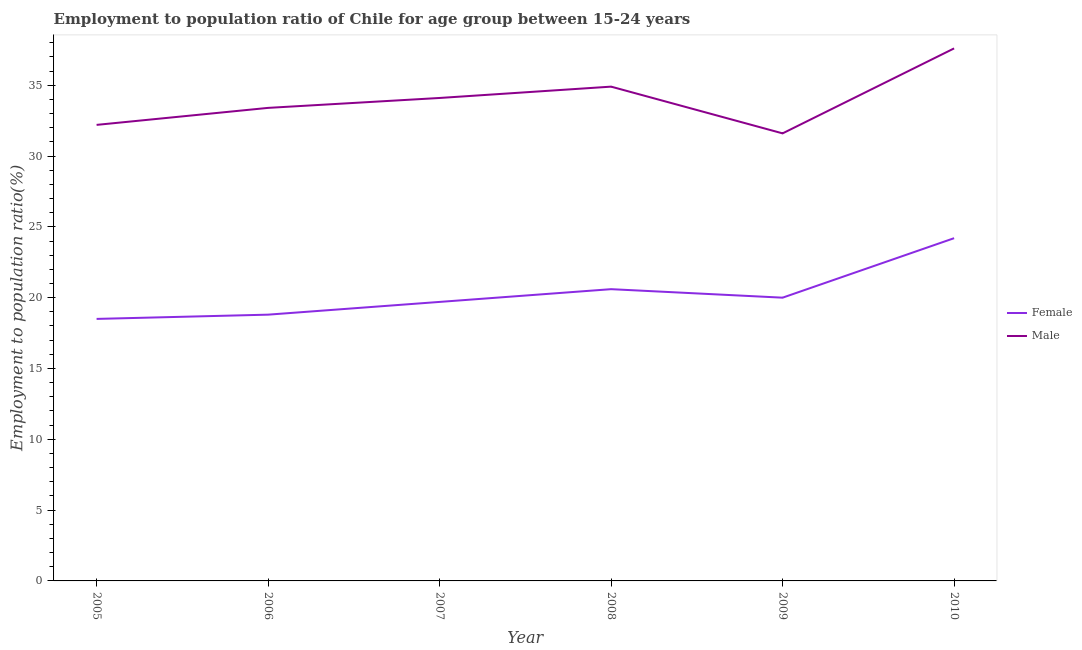
| Year | Female | Male |
 | --- | --- | --- |
 | 2005 | 18.5 | 32.2 |
 | 2006 | 18.8 | 33.4 |
 | 2007 | 19.7 | 34.1 |
 | 2008 | 20.6 | 34.9 |
 | 2009 | 20 | 31.6 |
 | 2010 | 24.2 | 37.6 |